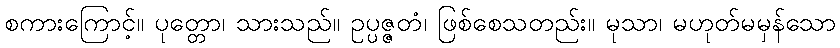
စကားကြောင့်။ ပုတ္တော၊ သားသည်။ ဥပ္ပဇ္ဇတံ၊ ဖြစ်စေသတည်း။ မုသာ၊ မဟုတ်မမှန်သော